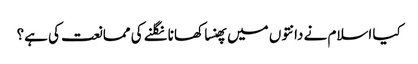
کیا اسلام نے دانتوں میں پھنسا کھانا نگلنے کی ممانعت کی ہے؟